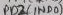
Text: PB2